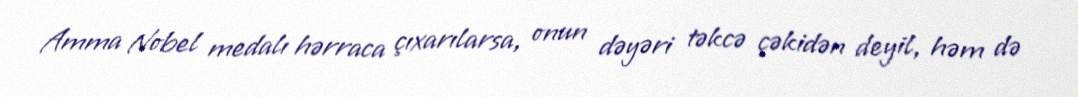
Amma Nobel medalı hərraca çıxarılarsa, onun dəyəri təkcə çəkidən deyil, həm də